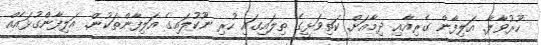
ހޫރުވާލާ